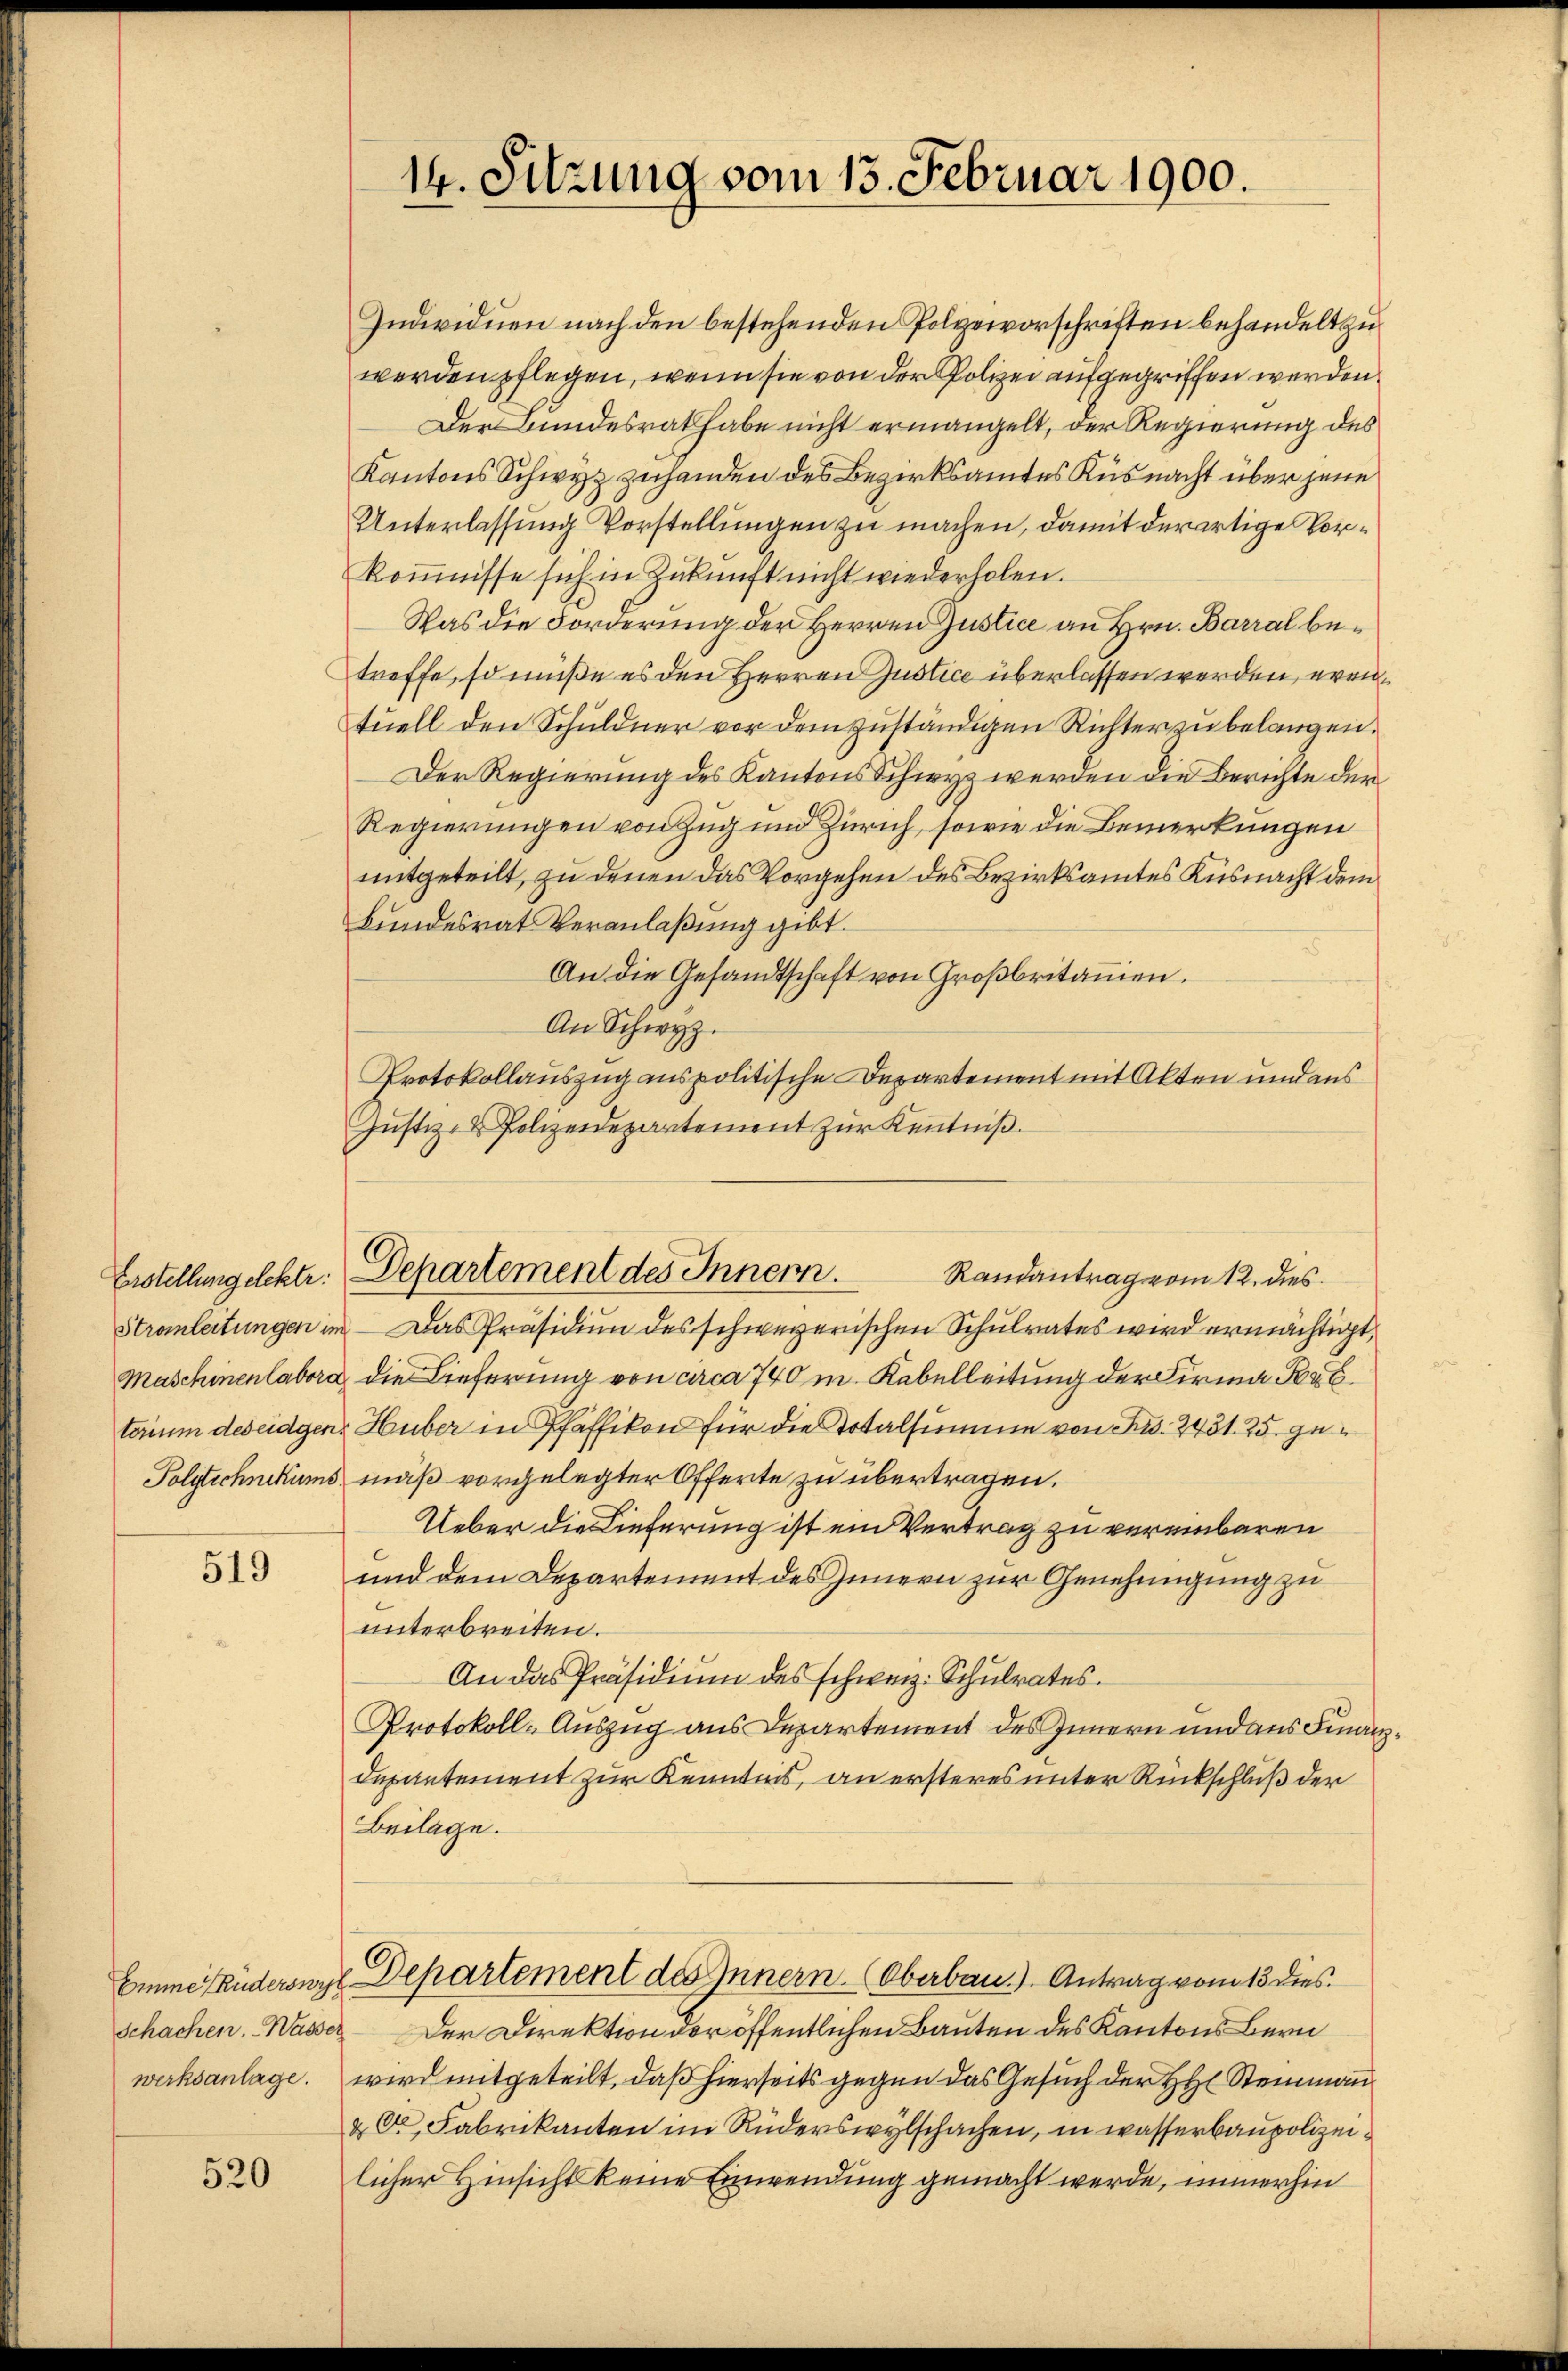
Erstellung elektr:

519

520

14. Sitzung vom 13. Februar 1900.

Individuen nach den bestehenden Polizeivorschriften behandelt zu
werden pflegen, wenn sie von der Polizei aufgegriffen werden.
Der Bundesrath habe nicht ermangelt, der Regierung des
Kantons Schwyz zuhanden des Bezirksamtes Küsnacht über jene
Unterlassung Vorstellungen zu machen, damit derartige Vorkommnisse sich in Zukunft nicht wiederholen.
Was die Forderung der Herren Justice an Hrn. Barral betreffe, so müße es den Herren Justice überlassen werden, errituell den Schuldner vor dem zuständigen Richter zu belangen.
Der Regierung des Kantons Schwyz werden die Berichte der
Regierungen von Zug und Zürich, sowie die Bemerkungen
mitgeteilt, zu denen das Vorgehen des Bezirksamtes Küsnacht dem
Bundesrat Veranlaßung gibt.
An die Gesandtschaft von Großbritanen.
An Schwyz.
Protokollauszug aus politische Departement mit Akten und aus
Justiz- & Polizeidepartement zŭr Kenntniß.

Dehartement des Innern. Randantrag vom 12. dies

Stronleitungen im Das Präsidium des schweizerischen Schulrates wird ermächtigt,
Maschinenlabora die Lieferung von circa 740 m. Kebelleitung der Firma P. C.
torium des eidgen. Huber in Pfäffikon für die Totalsumme von Frs. 2431. 25. ge¬
Polytechnikums mäß vorgelegter Offerte zu übertragen.
Ueber die Lieferung ist ein Vertrag zu vereinbaren
und dem Departement des Innern zur Genehmigung zu
unterbreiten.
An das Präsidium des schweiz. Schulrates.
Protokoll-Auszug aus Departement des Innern und aus Finanz¬
Dupantement zur Kenntnis, an ersteres unter Rückschluß der
Beilage.
Eine Trüderswyl Departement des Innern. Oberbau). Antrag vom 13 dies
Schachen. Wasser der Direktion der öffentlichen Bauten des Kantons Bern
werksanlage. wird mitgeteilt, daß hierseits gegen das Gesuch der H. Steinmann
& Dr Fabrikanton im Rüderswylschachen, in wasserbaupolizeilicher Hinsicht keine Einwendung gemacht werde, immerhin